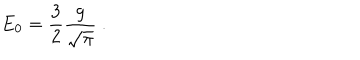
LaTeX: E _ { 0 } = \frac { 3 } { 2 } \frac { g } { \sqrt { \pi } } \ .